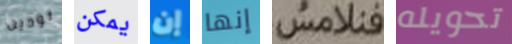
تودين يمكن إن إنها فنلامس تحويله